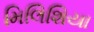
મિલિશિયા